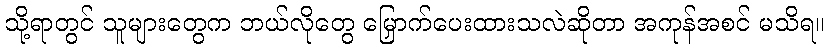
သို့ရာတွင် သူများတွေက ဘယ်လိုတွေ မြှောက်ပေးထားသလဲဆိုတာ အကုန်အစင် မသိရ။